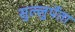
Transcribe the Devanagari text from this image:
सुल्लुर्पेता